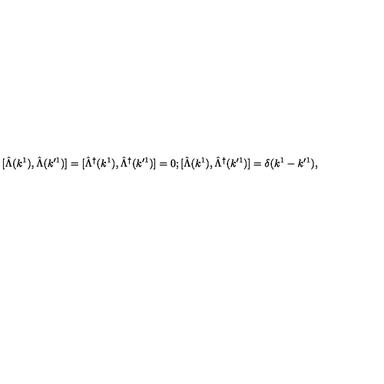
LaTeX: \mathrm { [ } \hat { \Lambda } ( k ^ { 1 } ) , \hat { \Lambda } ( k ^ { \prime 1 } ) ] = [ \hat { \Lambda } ^ { \dagger } ( k ^ { 1 } ) , \hat { \Lambda } ^ { \dagger } ( k ^ { \prime 1 } ) ] = 0 ; [ \hat { \Lambda } ( k ^ { 1 } ) , \hat { \Lambda } ^ { \dagger } ( k ^ { \prime 1 } ) ] = \delta ( k ^ { 1 } - k ^ { \prime 1 } ) ,